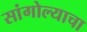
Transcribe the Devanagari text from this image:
सांगोल्याचा